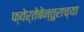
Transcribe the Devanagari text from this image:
फ्वेर्तेबेन्तुराच्या